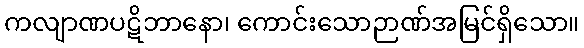
ကလျာဏပဋိဘာနော၊ ကောင်းသောဉာဏ်အမြင်ရှိသော။